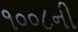
૧૦૦૮ની